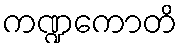
ကဏ္ဍကောတိ